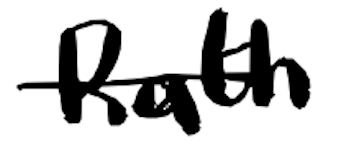
Text: Rath
Cross-out: single-line
Writing tool: digital_black